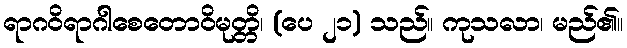
ရာဂဝိရာဂါစေတောဝိမုတ္တိ၊ (ပေ ၂၁) သည်။ ကုသလာ၊ မည်၏။